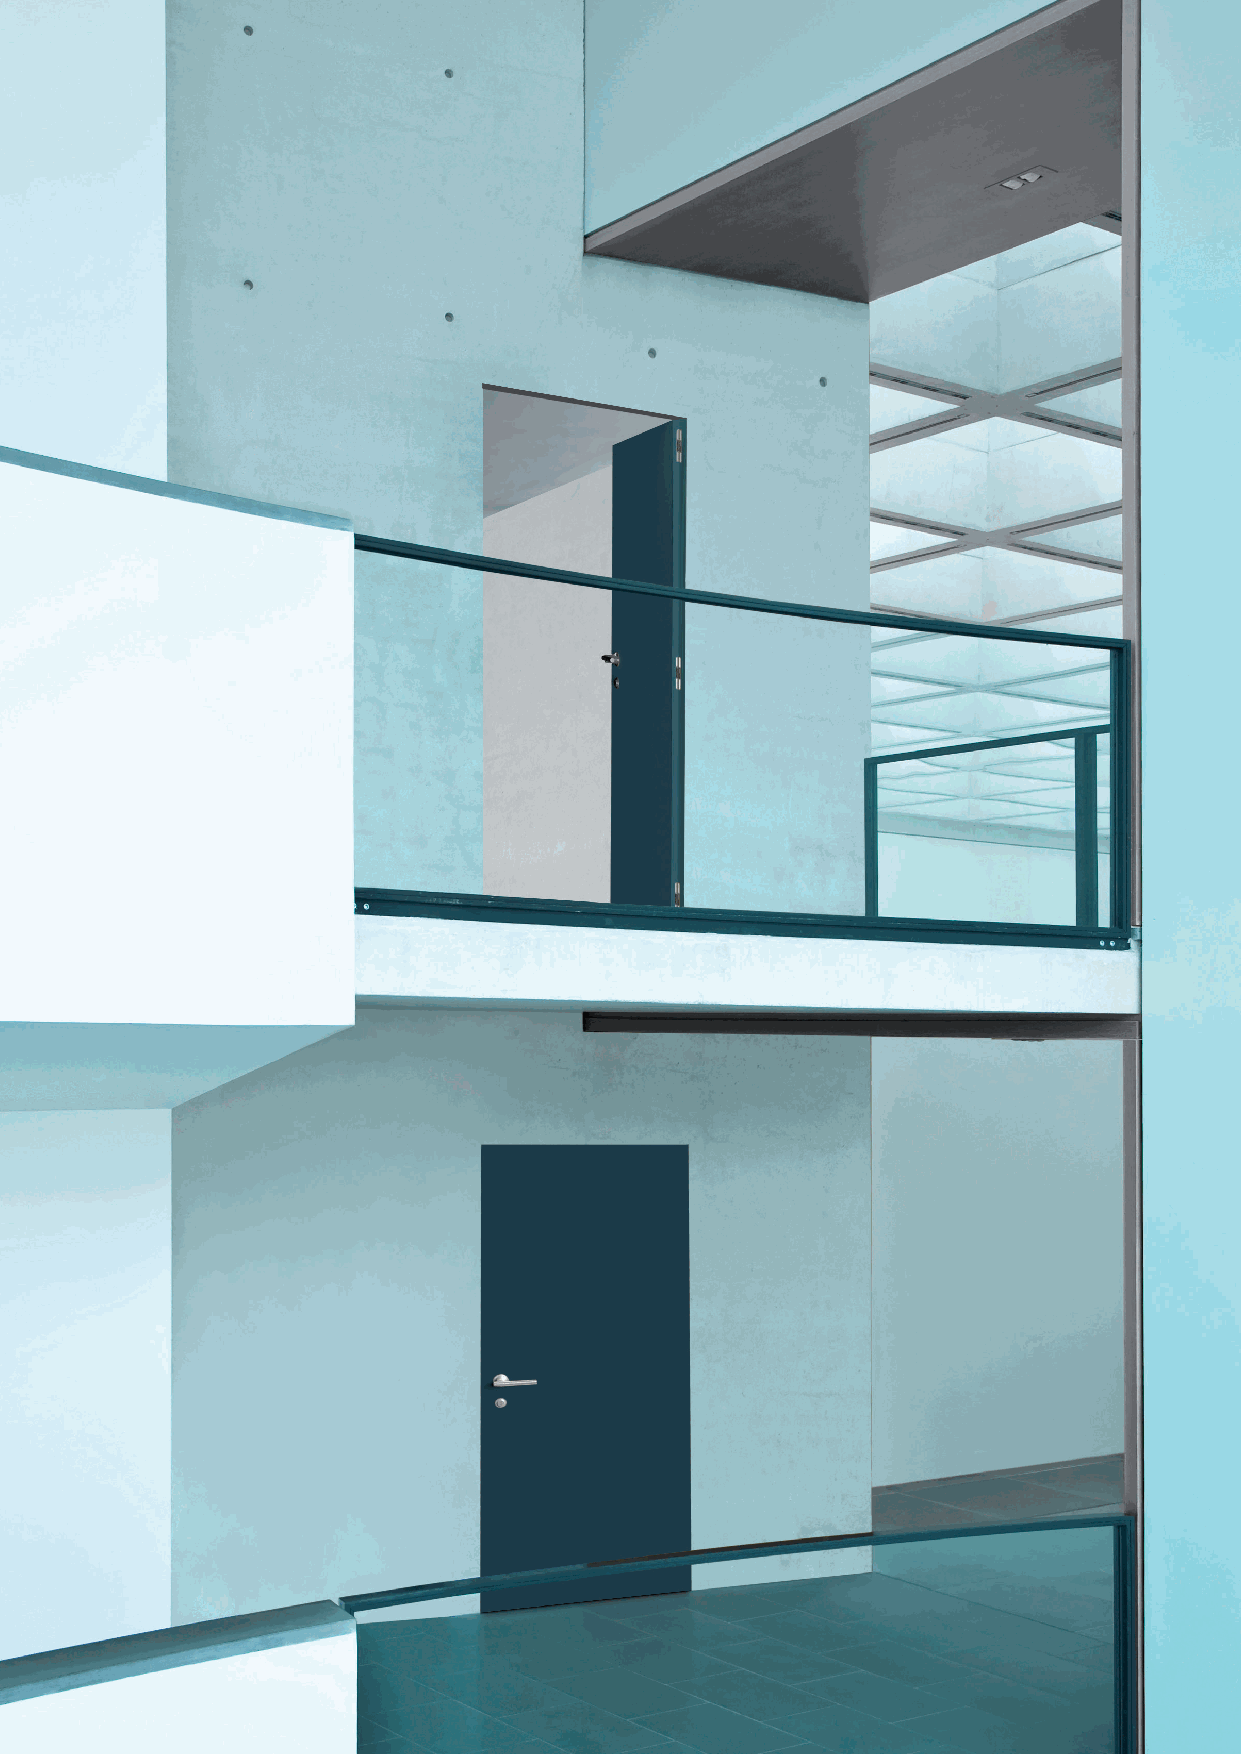
CEAM Concealed Hinges by Bellevue Architectural - Smart Architectural Products
 Bellevue Architectural | Ph: +61 (03) 9571 5666 | info@bellevuearch.com.au | www.bellevuearch.com.au 9